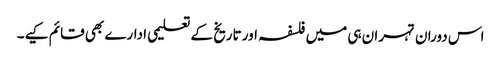
اس دوران تہران ہی میں فلسفہ اور تاریخ کے تعلیمی ادارے بھی قائم کیے۔